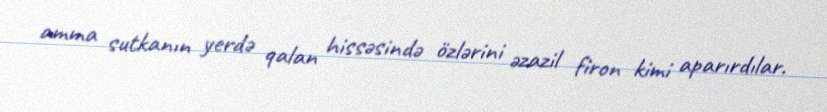
amma sutkanın yerdə qalan hissəsində özlərini əzazil firon kimi aparırdılar.